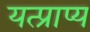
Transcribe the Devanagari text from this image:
यत्प्राप्य